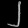
Digit: ၂